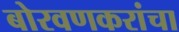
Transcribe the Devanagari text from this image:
बोरवणकरांचा